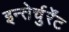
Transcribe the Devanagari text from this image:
इन्तेर्चुर्रेंट